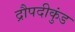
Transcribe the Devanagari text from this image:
द्रौपदीकुंड